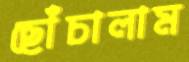
ছোঁচালাম